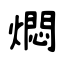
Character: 燜